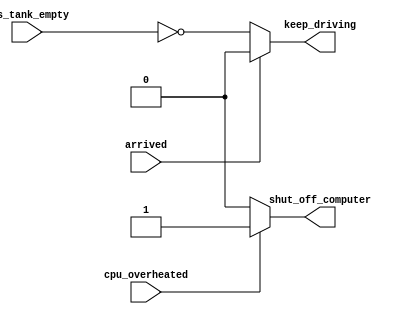
// Exercise 2-4-4: If Statement Latches 
module top_module (
    input      cpu_overheated,
    output reg shut_off_computer,
    input      arrived,
    input      gas_tank_empty,
    output reg keep_driving  ); //
    
    // fix latches
    always @(*) begin
        if (cpu_overheated)
           shut_off_computer = 1;
        // fix
        else
            shut_off_computer = 0;
    end

    always @(*) begin
        if (~arrived)
           keep_driving = ~gas_tank_empty;
        // fix
        else
            keep_driving = 0;
    end

endmodule